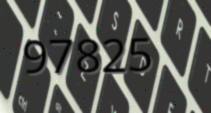
97825